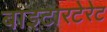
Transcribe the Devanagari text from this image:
बाइटारटेरेट